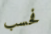
فحسب